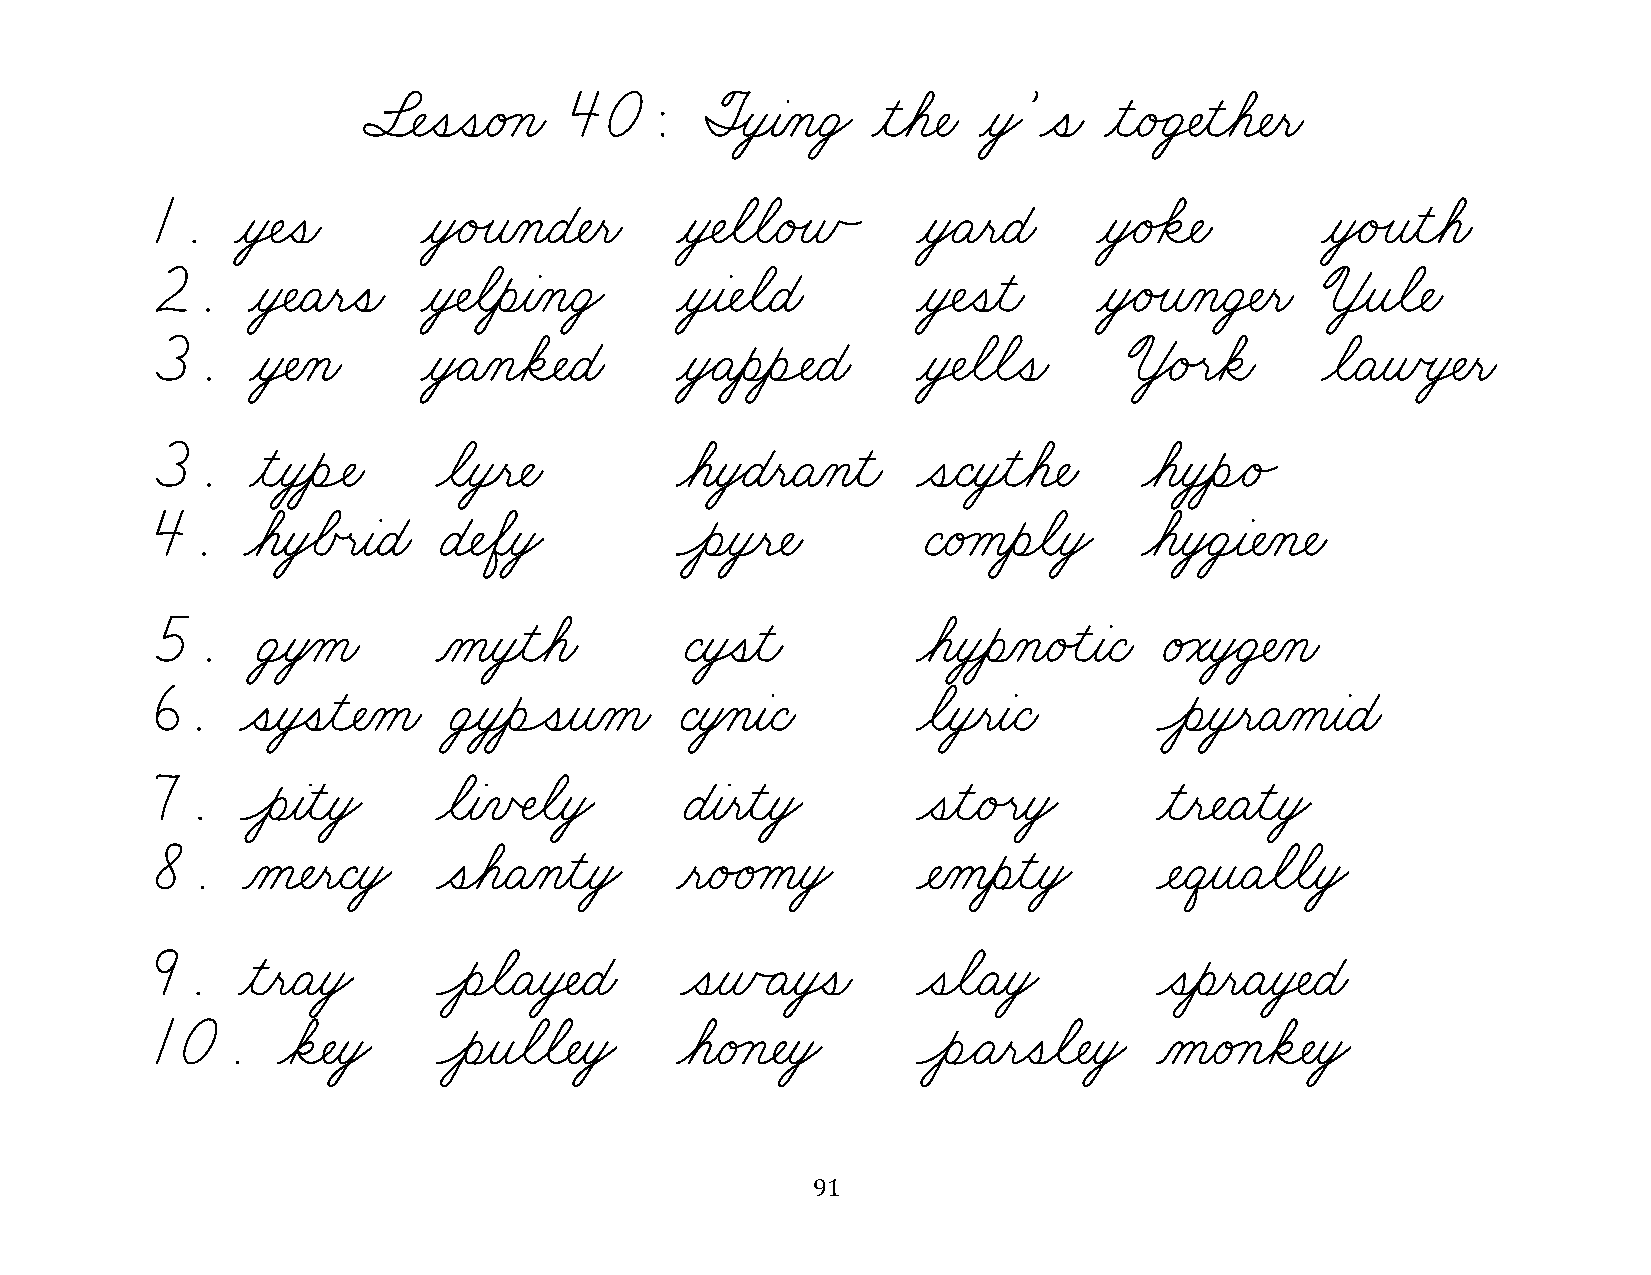
§¬ÑˆíˆíæéÁçæ  40:      ØÎò¸àÀçæÜŸ ƒìøá¬Ñæ ƒòŸ’ˆíæ ƒìæé„Ü‡Ñƒìøá¬Ñƒëæ
 1.    ƒò‡Ñˆíæ     ƒòŸéÙîÀçæÉ¬Ñƒëæ  ƒò‡ÑøãøãæéÙñÃ   ƒòŸÄƒëæÉæ   ƒòŸé‰ä¬Ñæ     ƒòŸéÙîƒìøáæ
 2.    ƒò‡ÑæÄƒëˆíæ ƒò‡ÑøãƒèƒàÀçæÜŸ  ƒò¸à¬ÑøãæÉæ     ƒò‡Ñˆíƒìæ   ƒòŸéÙîÀçæÜ‡Ñƒëæ ª¸îøã¬Ñæ
 3.     ƒò‡ÑÀçæ    ƒòŸÄÀçøä¬ÑæÉæ    ƒòŸÄƒèƒèÓÑæÉæ   ƒò‡Ñøãøãˆíæ   ªŸéÙëøäæ    øãæÄƒñœò‡Ñƒëæ
 3.     ƒìƒò¸èÓÑæ   øãƒò¸ë¬Ñæ       øáƒòŸÉƒëæÄÀçƒìæ ˆíæÇƒò¸ìøá¬Ñæ  øáƒò¸èÌé„
 4.    øáƒò€ÅœëƒàæÉæ É¬ÑøÖƒòŸ       Ôèƒò¸ë¬Ñæ       ÇæéÁåƒèøãƒòŸ   øáƒòŸÜ¸à¬ÑÀç¬Ñæ
 5.     Ü¸ò‚åæ      Àåƒò¸ìøáæ       ÇƒòÚíƒìæ        øáƒò¸èÀçæéÙìƒàæÇæ éÁóƒòŸÜ‡ÑÀçæ
 6.    ˆíƒòÚíƒì¬ÑÀåæ Ü¸ò¸èÔíƒîÀåæ  Çƒò‚çƒàæÇæ       øãƒò¸ëƒàæÇæ     Ôèƒò¸ëæÄÀåƒàæÉæ
 7.    ÔèƒàƒìƒòŸ    øãƒàÀïŒÑøãƒòŸ   ÉƒàƒëƒìƒòŸ      ˆíƒìæéÙëƒòŸ     ƒìƒë¬ÑæÄƒìƒòŸ
 8.    Àå¬ÑƒëæÇƒòŸ  ˆíøáæÄÀçƒìƒòŸ   ƒëæé„éÁåƒòŸ     ¬ÑÀåƒèƒìƒòŸ     ¬ÑæêƒîæÄøãøãƒòŸ
 9.    ƒìƒëæÄƒòŸ    ÔèøãæÄƒò‡ÑæÉæ   ˆíƒñÃÄƒòÚíæ     ˆíøãæÄƒòŸ       ˆíƒèƒëæÄƒò‡ÑæÉæ
 10.     øä¬ÑƒòŸ    Ôèƒîøãøã¬ÑƒòŸ   øáæéÁç¬ÑƒòŸ     ÔèÌÄƒëˆíøã¬ÑƒòŸ ÀåæéÁçøä¬ÑƒòŸ
 91